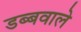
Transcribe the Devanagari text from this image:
डब्बवाले